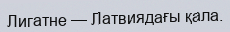
Лигатне — Латвиядағы қала.